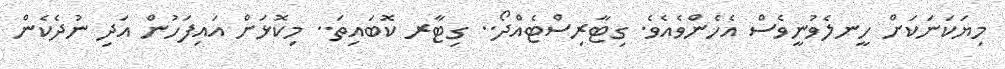
މިޔަކަނަކަށް ހީނލެވުނީވެސް އެހެންވެއެވެ. ގިޓާރިސްޓެއްދޯ.. ގިޓާރ ކޮބައިތަ.. މިކޮޅަށް އައިފަހުން އަދި ނުދެކެން